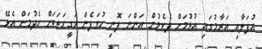
އުފަލާއި އަރާމުގައި އުޅުމަށް ދެކެމުން އަންނަ ފޮނި ހުވަފެން ހަގީގަތަކަށް ހެދުމަށް އެޅޭ